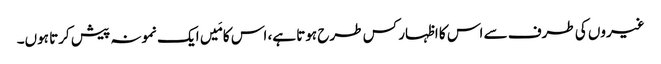
غیروں کی طرف سے اس کا اظہار کس طرح ہوتا ہے، اس کا مَیں ایک نمونہ پیش کرتا ہوں۔